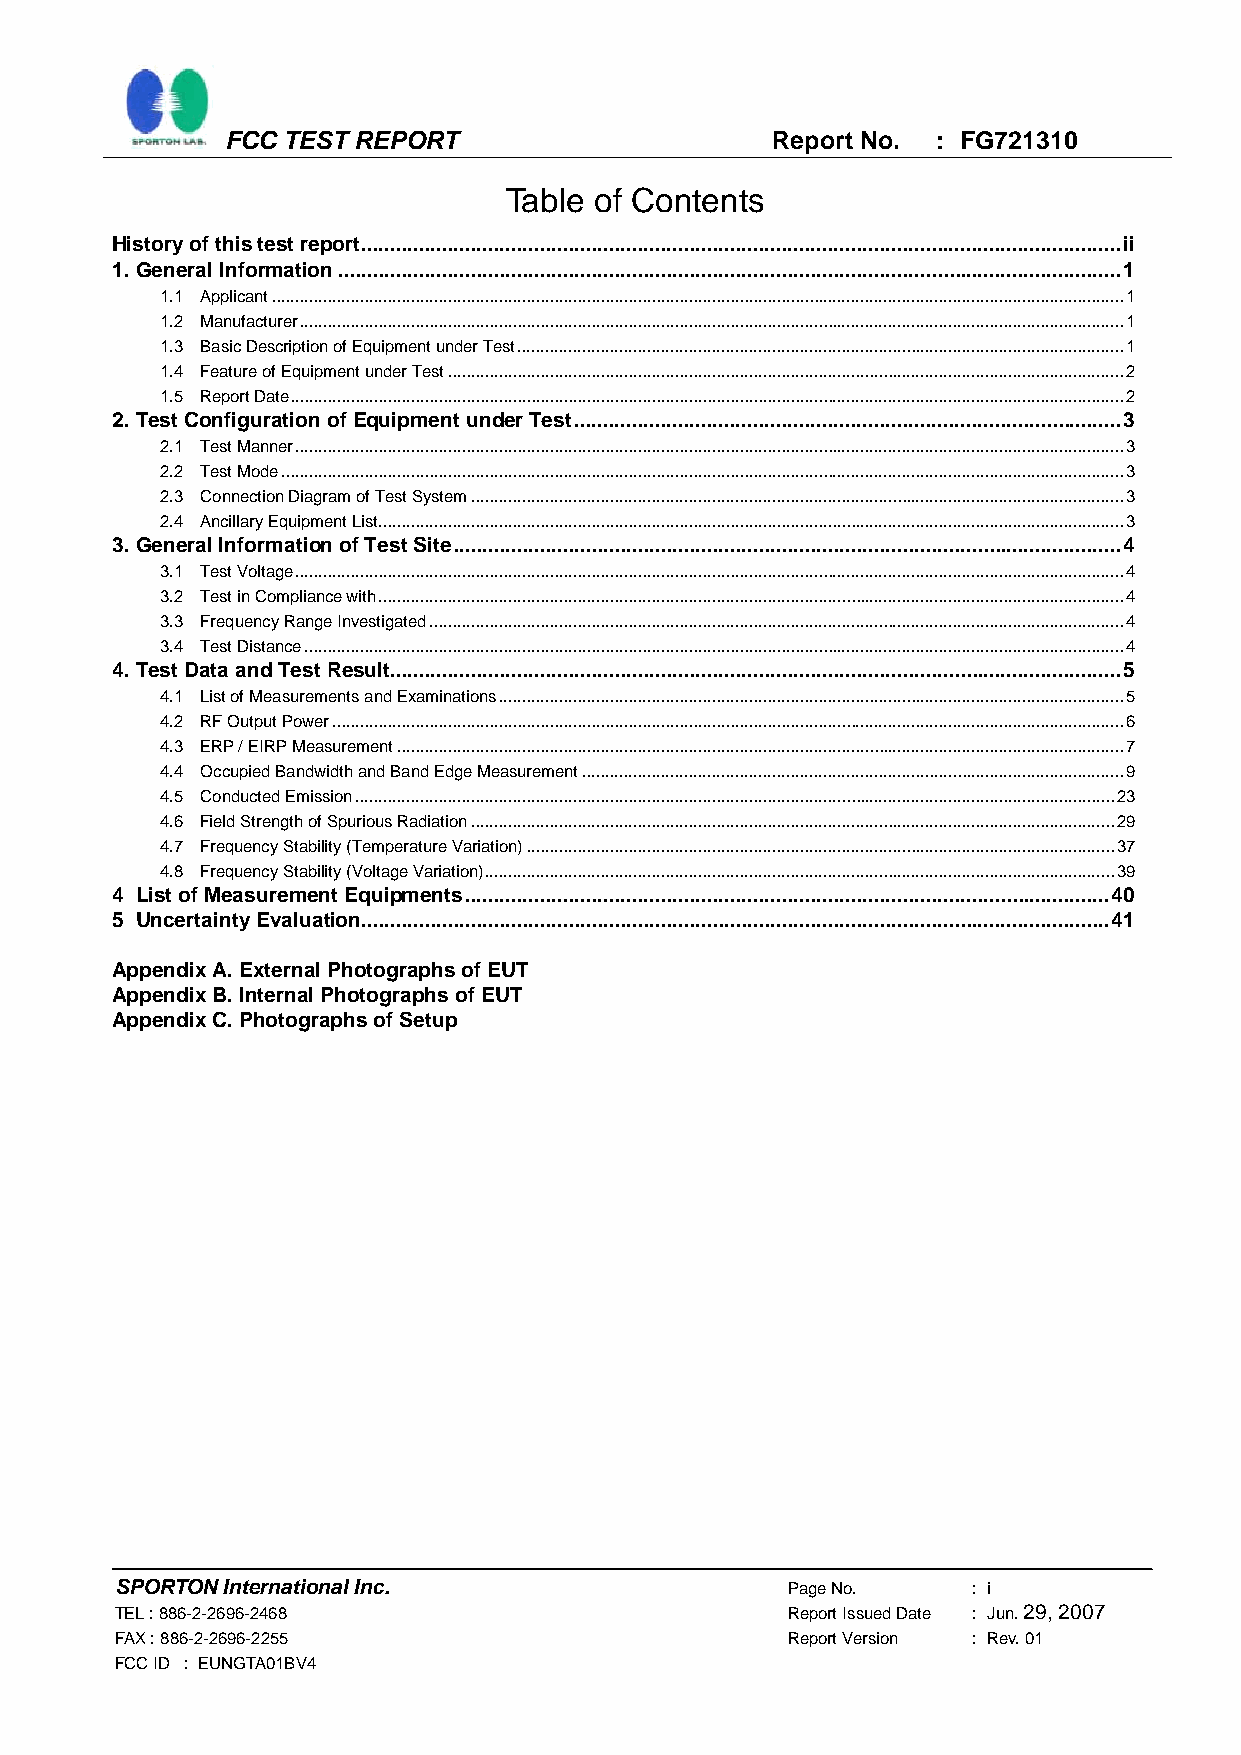
FCC TEST REPORT                     Report No. : FG721310
 Table of Contents
 History of this test report....................................................................................................................................ii
 1. General Information........................................................................................................................................1
 1.1 Applicant........................................................................................................................................................................................1
 1.2 Manufacturer..................................................................................................................................................................................1
 1.3 Basic Description of Equipment under Test...................................................................................................................................1
 1.4 Feature of Equipment under Test..................................................................................................................................................2
 1.5 Report Date....................................................................................................................................................................................2
 2. Test Configuration of Equipment under Test...............................................................................................3
 2.1 Test Manner...................................................................................................................................................................................3
 2.2 Test Mode......................................................................................................................................................................................3
 2.3 Connection Diagram of Test System.............................................................................................................................................3
 2.4 Ancillary Equipment List.................................................................................................................................................................3
 3. General Information of Test Site....................................................................................................................4
 3.1 Test Voltage...................................................................................................................................................................................4
 3.2 Test in Compliance with.................................................................................................................................................................4
 3.3 Frequency Range Investigated......................................................................................................................................................4
 3.4 Test Distance.................................................................................................................................................................................4
 4. Test Data and Test Result...............................................................................................................................5
 4.1 List of Measurements and Examinations.......................................................................................................................................5
 4.2 RF Output Power...........................................................................................................................................................................6
 4.3 ERP / EIRP Measurement.............................................................................................................................................................7
 4.4 Occupied Bandwidth and Band Edge Measurement.....................................................................................................................9
 4.5 Conducted Emission....................................................................................................................................................................23
 4.6 Field Strength of Spurious Radiation...........................................................................................................................................29
 4.7 Frequency Stability (Temperature Variation)...............................................................................................................................37
 4.8 Frequency Stability (Voltage Variation)........................................................................................................................................39
 4 List of Measurement Equipments................................................................................................................40
 5 Uncertainty Evaluation..................................................................................................................................41
 Appendix A. External Photographs of EUT
 Appendix B. Internal Photographs of EUT
 Appendix C. Photographs of Setup
 SPORTON International Inc.                  Page No.    : i
 TEL : 886-2-2696-2468                       Report Issued Date : Jun. 29, 2007
 FAX : 886-2-2696-2255                       Report Version : Rev. 01
 FCC ID : EUNGTA01BV4